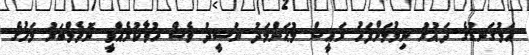
އަޅުގަނޑުގެ ދައުރު ނިމުމަށްފަހު ރައީސް މުޙަންމަދު ނަޝީދު ވެސް ހުވާކުރެއްވީ ނޮވެމްބަރު މަހުގެ